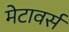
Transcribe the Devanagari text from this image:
मेटावर्स